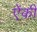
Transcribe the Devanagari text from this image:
ऐंकी